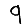
Digit: 9